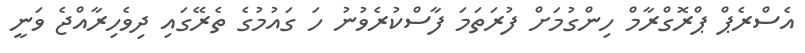
އެސްރެޕް ޕްރޮގްރާމް ހިންގުމަށް ފުރަތަމަ ފާސްކުރެވުނު ހަ ގައުމުގެ ތެރޭގައި ދިވެހިރާއްޖެ ވަނީ